Insane asylums Bombay 1873-77 - 1873-1877
Year: 1873
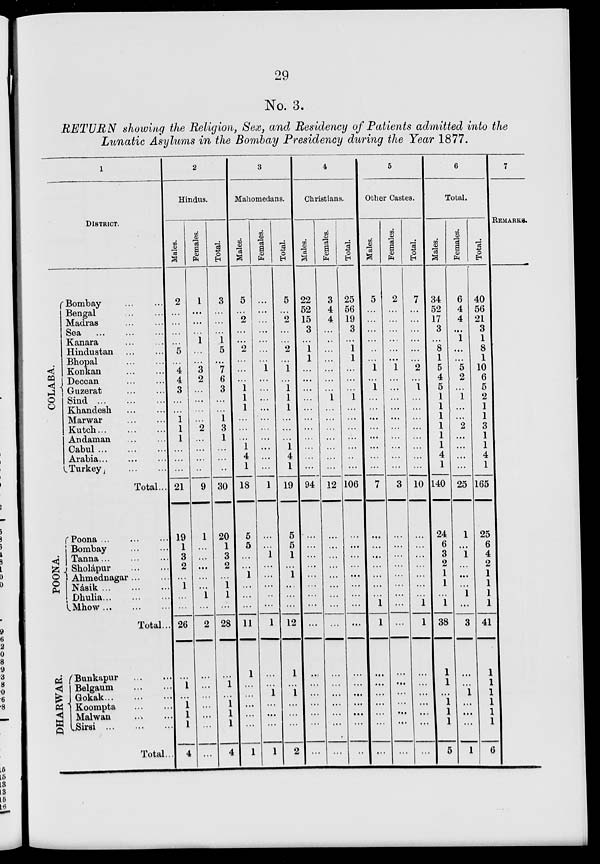
29
No. 3.
RETURN showing the Religion, Sex, and Residency of Patients admitted into the
Lunatic Asylums in the Bombay Presidency during the Year 1877.
1
DISTRICT.
COLABA.
Bombay
...
...
Bengal
...
...
Madras
...
...
Sea
...
...
...
Kanara
...
...
Hindustan
...
...
Bhopal ... ...
Konkan ... ...
Deccan ... ...
Guzerat ... ...
Sind
...
...
...
Khandesh ... ...
Marwar ... ...
Kutch
...
...
...
Andaman ... ...
Cabul
...
...
...
Arabia ... ... ...
Turkey
...
...
Total ...
POONA.
Poona
...
...
...
Bombay ... ...
Tanna
...
...
...
Sholápur
...
...
Ahmednagar ... ...
Násik
...
...
...
Dhulia ... ... ...
Mhow ... ... ...
Total ...
DHARWAR.
Bunkapur ... ...
Belgaum
...
...
Gokak ... ... ...
Koompta
...
...
Malwan
...
...
Sirsi ... ... ...
Total ...
2
Hindus.
Males.
2
...
...
...
...
5
...
4
4
3
...
...
1
1
1
...
...
...
21
19
1
3
2
...
1
...
...
26
...
1
...
1
1
1
4
Females.
1
...
...
...
1
...
...
3
2
...
...
...
...
2
...
...
...
...
9
1
...
...
...
...
...
1
...
2
...
...
...
...
...
...
...
Total.
3
...
...
...
1
5
...
7
6
3
...
...
1
3
1
...
...
...
30
20
1
3
2
...
1
1
...
28
...
1
...
1
1
1
4
3
Mahomedans.
Males.
5
...
2
...
...
2
...
...
...
1
1
1
...
...
...
1
4
1
18
5
5
...
...
1
...
...
...
11
1
...
...
...
...
...
1
Females.
...
...
...
...
...
...
...
1
...
...
...
...
...
...
...
...
...
...
1
...
...
1
...
...
...
...
...
1
...
...
1
...
...
...
1
Total.
5
...
2
...
...
2
...
1
...
1
1
1
...
...
...
1
4
1
19
5
5
1
...
1
...
...
...
12
1
...
1
...
...
...
2
4
Christians.
Males.
22
52
15
3
...
1
1
...
...
...
...
...
...
...
...
...
...
...
94
...
...
...
...
...
...
...
...
...
...
...
...
...
...
...
...
Females.
3
4
4
...
...
...
...
...
...
...
1
...
...
...
...
...
...
...
12
...
...
...
...
...
...
...
...
...
...
...
...
...
...
...
...
Total.
25
56
19
3
...
1
1
...
...
...
1
...
...
...
...
...
...
...
106
...
...
...
...
...
...
...
...
...
...
...
...
...
...
...
...
5
Other Castes.
Males.
5
...
...
...
...
...
...
1
...
1
...
...
...
...
...
...
...
...
7
...
...
...
...
...
...
...
1
1
...
...
...
...
...
...
...
Females.
2
...
...
...
...
...
...
1
...
...
...
...
...
...
...
...
...
...
3
...
...
...
...
...
...
...
...
...
...
...
...
...
...
...
...
Total.
7
...
...
...
...
...
...
2
...
1
...
...
...
...
...
...
...
...
10
...
...
...
...
...
...
...
1
1
...
...
...
...
...
...
...
6
Total.
Males.
34
52
17
3
...
8
1
5
4
5
1
1
1
1
1
1
4
1
140
24
6
3
2
1
1
...
1
38
1
1
...
1
1
1
5
Females.
6
4
4
...
1
...
...
5
2
...
1
...
...
2
...
...
...
...
25
1
...
1
...
...
...
1
...
3
...
...
1
...
...
...
1
Total.
40
56
21
3
1
8
1
10
6
5
2
1
1
3
1
1
4
1
165
25
6
4
2
1
1
1
1
41
1
...
...
...
...
...
6
7
REMARKS.